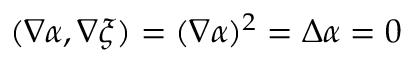
( \nabla \alpha , \nabla \xi ) = ( \nabla \alpha ) ^ { 2 } = \Delta \alpha = 0